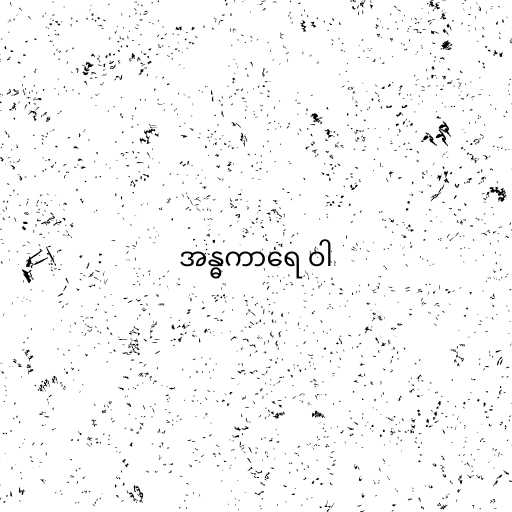
အန္ဓကာရေ ဝါ